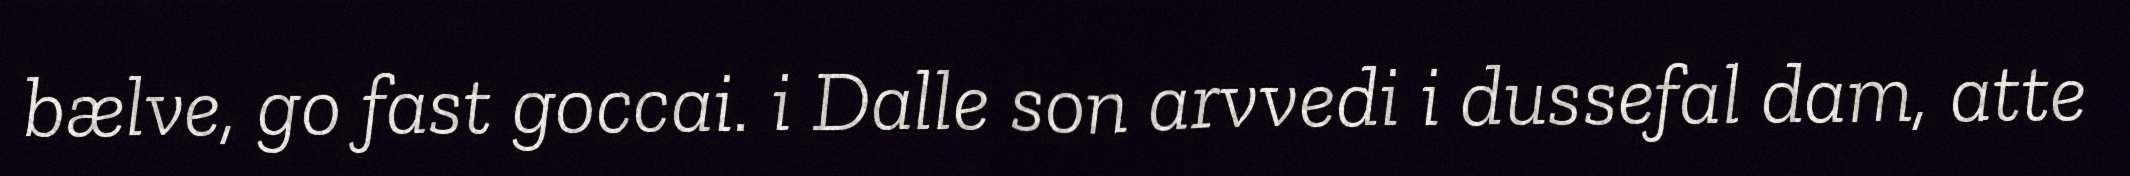
bælve, go fast goccai. i Dalle son arvvedi i dussefal dam, atte